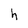
Character: h